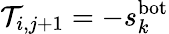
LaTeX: \mathcal{T}_{i,j+1}=-s_{k}^{\mathrm{bot}}